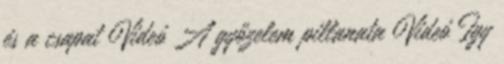
és a csapat Videó A győzelem pillanata Videó Így